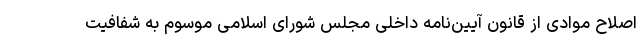
اصلاح موادی از قانون آیین‌نامه داخلی مجلس شورای اسلامی موسوم به شفافیت